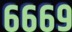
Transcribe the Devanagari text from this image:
६६६९